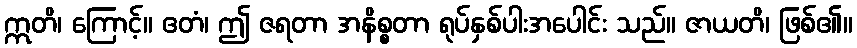
ဣတိ၊ ကြောင့်။ ဧတံ၊ ဤ ဇရတာ အနိစ္စတာ ရုပ်နှစ်ပါးအပေါင်း သည်။ ဇာယတိ၊ ဖြစ်၏။